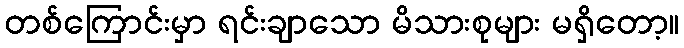
တစ်ကြောင်းမှာ ရင်းချာသော မိသားစုများ မရှိတော့။